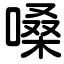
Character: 嗓